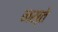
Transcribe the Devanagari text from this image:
नस्ते